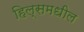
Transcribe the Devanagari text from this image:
हिल्समधील